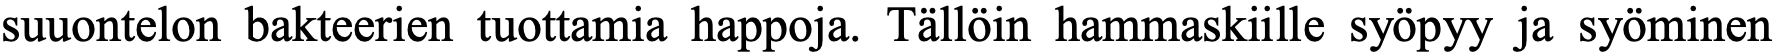
suuontelon bakteerien tuottamia happoja. Tällöin hammaskiille syöpyy ja syöminen